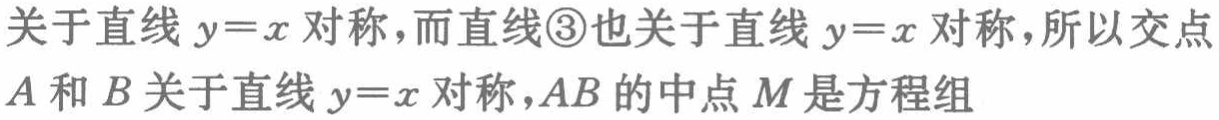
关于直线 \(y = x\) 对称，而直线\textcircled{3}也关于直线 \(y = x\) 对称，所以交点 \(A\) 和 \(B\) 关于直线 \(y = x\) 对称，\(AB\) 的中点 \(M\) 是方程组